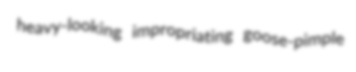
heavy-looking impropriating goose-pimple